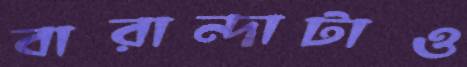
বারান্দাটাও